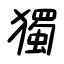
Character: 獨